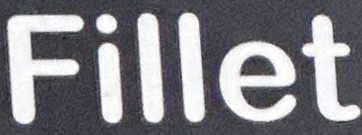
Fillet